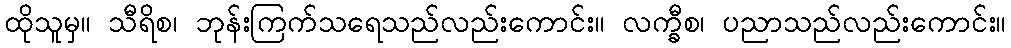
ထိုသူမှ။ သီရိစ၊ ဘုန်းကြက်သရေသည်လည်းကောင်း။ လက္ခီစ၊ ပညာသည်လည်းကောင်း။